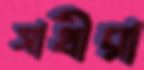
সাথীরা